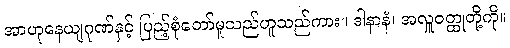
အာဟုနေယျဂုဏ်နှင့် ပြည့်စုံတော်မူသည်ဟူသည်ကား။ ဒါနာနံ၊ အလှူဝတ္ထုတို့ကို။